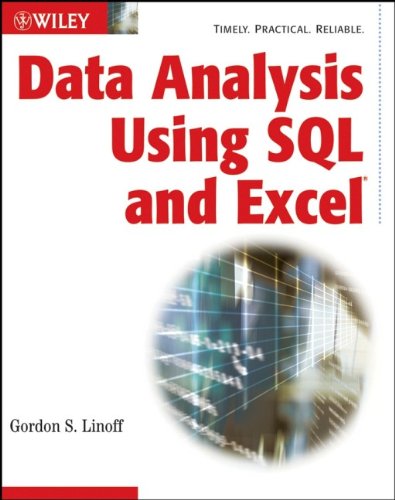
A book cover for Data Analysis Using SQL and Excel; Gordon S. Linoff; Computers & Technology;